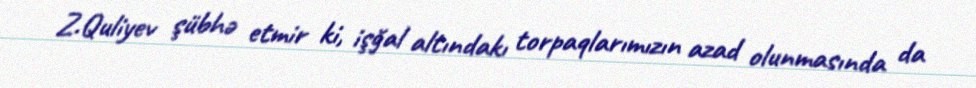
Z.Quliyev şübhə etmir ki, işğal altındakı torpaqlarımızın azad olunmasında da